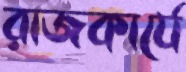
রাজকার্যে